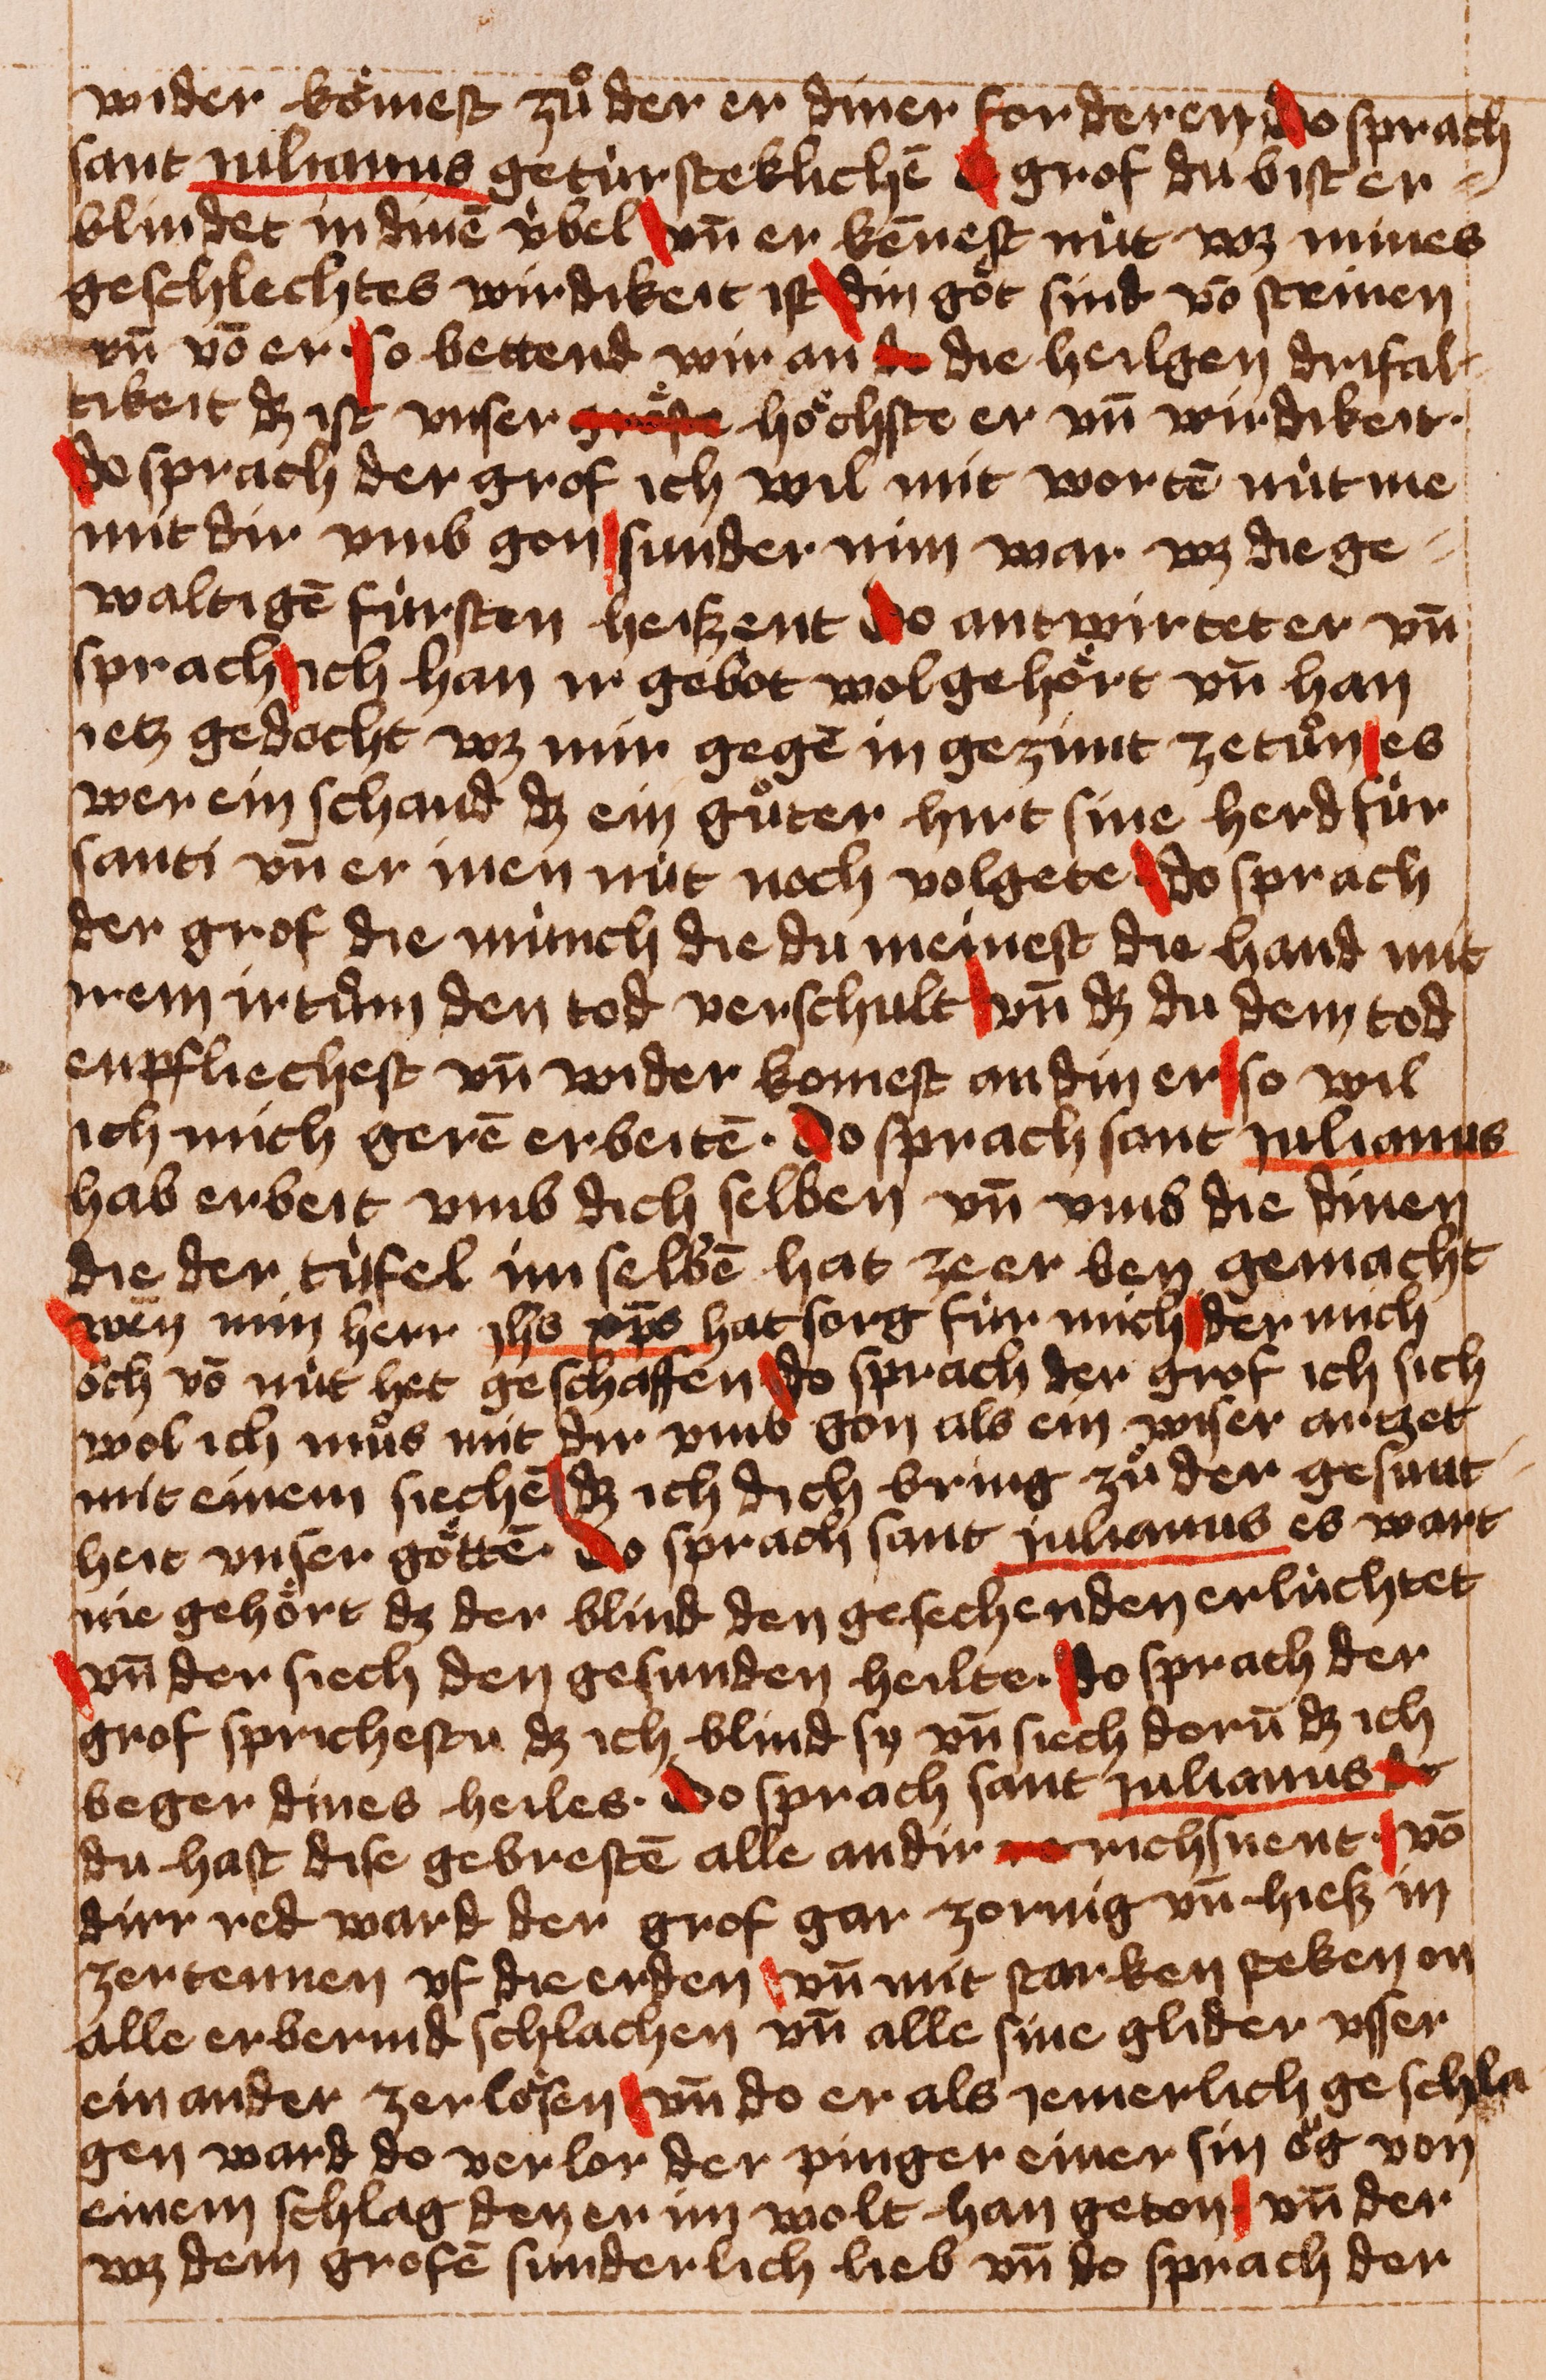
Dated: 1400–1449